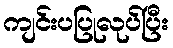
ကျင်းပပြုလုပ်ပြီး